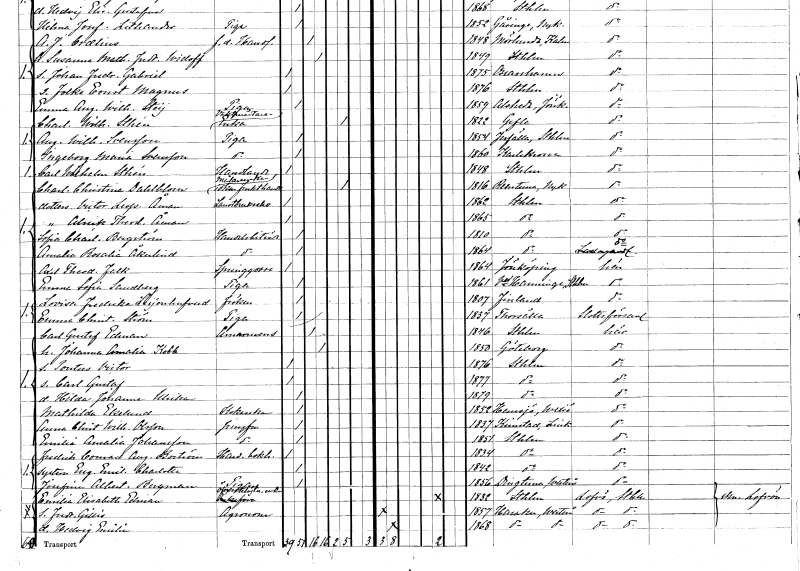
gt_parse: households: individuals: FN: Carl Wilhelm
EN: Sthén
YRKE: Handlande
KON: M
CIV: O
FODAR: 1848
FODFORS: Stockholm
FN: Charlotta Christina
EN: Dahlblom
YRKE: Frukthandlerska Målareänka
KON: K
CIV: E
FODAR: 1816
FODFORS: Runtuna Södermanlands län
FN: Victor Leopold
EN: Åman
YRKE: Lantbrukselev
KON: M
CIV: O
FODAR: 1862
FODFORS: Stockholm
FN: Alrick Theodor
EN: Åman
KON: M
CIV: O
FODAR: 1865
FODFORS: Stockholm
FN: Sofia Charlotta
EN: Bergström
YRKE: Handelsbiträde
KON: K
CIV: O
FODAR: 1810
FODFORS: Stockholm
FN: Amalia Rosalia
EN: Åkerlind
YRKE: Handelsbiträde
KON: K
CIV: O
FODAR: 1864
FODFORS: Stockholm
FN: Axel Theodor
EN: Falk
YRKE: Springgosse
KON: M
CIV: O
FODAR: 1864
FODFORS: Jönköping Jönköpings län
FN: Emma Sofia
EN: Sandberg
YRKE: Piga
KON: K
CIV: O
FODAR: 1861
FODFORS: Västerhaninge Stockholms län
FN: Lovisa Fredrika
EN: Leijonhufvud
KON: K
CIV: O
FODAR: 1807
FN: Emma Christina
EN: Ström
YRKE: Piga
KON: K
CIV: O
FODAR: 1837
FODFORS: Torshälla Södermanlands län
FN: Carl Gustaf
EN: Edman
YRKE: Amanuens
KON: M
CIV: G
FODAR: 1846
FODFORS: Stockholm
FN: Johanna Amalia
EN: Kobb
KON: K
CIV: G
FODAR: 1850
FODFORS: Göteborg Göteborgs- och Bohuslän
FN: Pontus Victor
KON: M
CIV: O
FODAR: 1876
FODFORS: Stockholm
FN: Carl Gustaf
KON: M
CIV: O
FODAR: 1877
FODFORS: Stockholm
FN: Hilda Johanna Ulrika
KON: K
CIV: O
FODAR: 1879
FODFORS: Stockholm
FN: Mathilda
EN: Ekelund
YRKE: Kokerska
KON: K
CIV: O
FODAR: 1852
FODFORS: Hemsjö Älvsborgs län
FN: Anna Christina Wilhelmina
EN: Olsson
YRKE: Jungfru
KON: K
CIV: O
FODAR: 1837
FODFORS: Kimstad Östergötlands län
FN: Emilia Amalia
EN: Johansson
YRKE: Jungfru
KON: K
CIV: O
FODAR: 1851
FODFORS: Stockholm
FN: Fredrik Conrad August
EN: Boström
YRKE: Handelsbokhållare
KON: M
CIV: O
FODAR: 1834
FODFORS: Stockholm
FN: Eugenia Emelie Charlotta
KON: K
CIV: O
FODAR: 1842
FODFORS: Stockholm
FN: Josefina Albertina
EN: Bergman
YRKE: Piga
KON: K
CIV: O
FODAR: 1856
FODFORS: Dingtuna Västmanlands län
FN: Emilia Elisabeth
EN: Edman
YRKE: Överstelöjtnantsänka
KON: K
CIV: E
FODAR: 1832
FODFORS: Stockholm
FN: Fredrik Gillis
YRKE: Agronom
KON: M
CIV: O
FODAR: 1857
FODFORS: Haraker Västmanlands län
FN: Hedvig Emilia
KON: K
CIV: O
FODAR: 1868
FODFORS: Haraker Västmanlands län